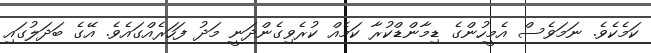
ކަމެކެވެ. ނަމަވެސް އެމީހުންގެ ޑިމާންޑްކުރާ ކަމެއް ކުރެވިގެންދަނީ މަދު ފަހަރެއްގައެވެ. އޭގެ ބަދަލުގައި